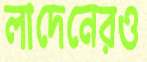
লাদেনেরও